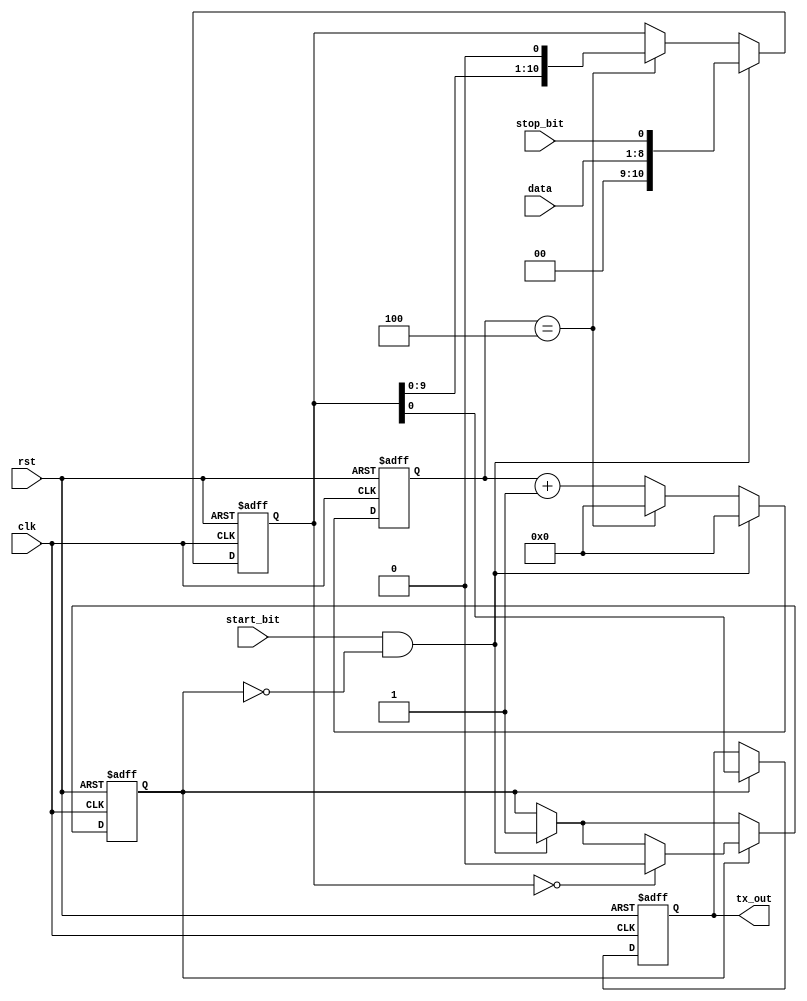
module UART_transmitter (
    input clk,            // Clock input
    input rst,            // Reset input
    input start_bit,      // Start bit input
    input [7:0] data,     // Data input
    input stop_bit,       // Stop bit input
    output reg tx_out     // Transmitted data output
);

reg [10:0] shift_register;    // Shift register to store data
reg [3:0] baud_counter;       // Baud rate generator counter
reg tx_busy;                  // Transmitting flag

always @(posedge clk or posedge rst) begin
    if (rst) begin
        shift_register <= 11'b0; // Clear shift register
        baud_counter <= 4'b0;    // Reset baud counter
        tx_out <= 1'b0;          // Initialize transmitted data output
        tx_busy <= 1'b0;         // Clear transmitting flag
    end else begin
        if (start_bit && !tx_busy) begin
            shift_register <= {data, stop_bit}; // Load data into shift register
            baud_counter <= 0;                  // Reset baud counter
            tx_busy <= 1;                       // Set transmitting flag
        end else begin
            if (baud_counter == 4) begin
                shift_register <= {shift_register[9:0], 1'b0}; // Shift out data
                baud_counter <= 0;                              // Reset baud counter
            end else begin
                baud_counter <= baud_counter + 1; // Increment baud counter
            end
        end
        
        if (tx_busy) begin
            tx_out <= shift_register[0];   // Output transmitted data
            if (shift_register == 11'b0) begin
                tx_busy <= 0;              // Clear transmitting flag
            end
        end
    end
end

endmodule